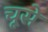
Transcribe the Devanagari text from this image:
चूसे